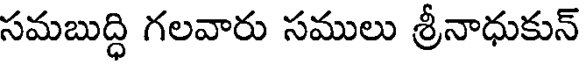
సమబుద్ధి గలవారు సములు శ్రీనాధుకున్